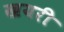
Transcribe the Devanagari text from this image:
खयरी